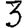
Digit: 3